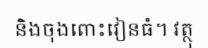
និងចុងពោះវៀនធំ។ វត្ថុ